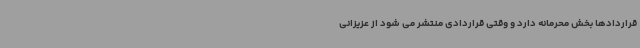
قراردادها بخش محرمانه دارد و وقتی قراردادی منتشر می شود از عزیزانی